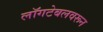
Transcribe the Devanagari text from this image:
लॉगटेबलवरून